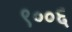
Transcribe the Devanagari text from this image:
९००६